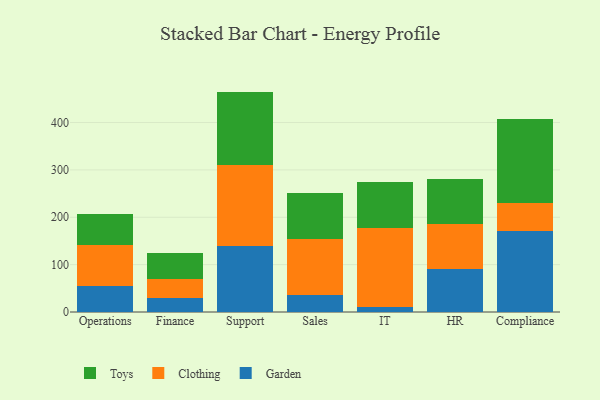
{"axis": {"x": "Department", "y": "Net Income (USD K)"}, "legend": ["Clothing", "Garden", "Toys"], "data": [{"x": "Operations", "y": 55.1, "type": "Garden"}, {"x": "Operations", "y": 85.7, "type": "Clothing"}, {"x": "Operations", "y": 66.9, "type": "Toys"}, {"x": "Finance", "y": 29.3, "type": "Garden"}, {"x": "Finance", "y": 40.9, "type": "Clothing"}, {"x": "Finance", "y": 54.9, "type": "Toys"}, {"x": "Support", "y": 139.6, "type": "Garden"}, {"x": "Support", "y": 171.1, "type": "Clothing"}, {"x": "Support", "y": 154.6, "type": "Toys"}, {"x": "Sales", "y": 36.7, "type": "Garden"}, {"x": "Sales", "y": 117.3, "type": "Clothing"}, {"x": "Sales", "y": 97.1, "type": "Toys"}, {"x": "IT", "y": 11.1, "type": "Garden"}, {"x": "IT", "y": 165.3, "type": "Clothing"}, {"x": "IT", "y": 98.5, "type": "Toys"}, {"x": "HR", "y": 90.6, "type": "Garden"}, {"x": "HR", "y": 95.8, "type": "Clothing"}, {"x": "HR", "y": 93.9, "type": "Toys"}, {"x": "Compliance", "y": 170.3, "type": "Garden"}, {"x": "Compliance", "y": 60.1, "type": "Clothing"}, {"x": "Compliance", "y": 176.2, "type": "Toys"}]}